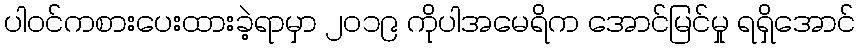
ပါဝင်ကစားပေးထားခဲ့ရာမှာ ၂၀၁၉ ကိုပါအမေရိက အောင်မြင်မှု ရရှိအောင်